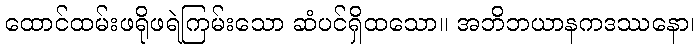
ထောင်ထမ်းဖရိုဖရဲကြမ်းသော ဆံပင်ရှိထသော။ အဘိဘယာနကဒဿနော၊